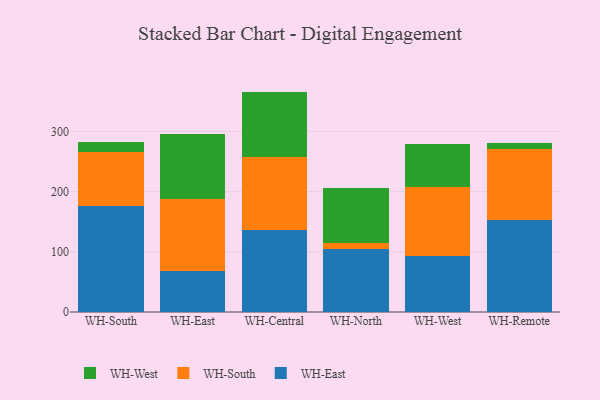
{"axis": {"x": "Warehouse", "y": "Gross Profit (USD K)"}, "legend": ["WH-East", "WH-South", "WH-West"], "data": [{"x": "WH-South", "y": 176.8, "type": "WH-East"}, {"x": "WH-South", "y": 89.2, "type": "WH-South"}, {"x": "WH-South", "y": 15.8, "type": "WH-West"}, {"x": "WH-East", "y": 68.5, "type": "WH-East"}, {"x": "WH-East", "y": 119.8, "type": "WH-South"}, {"x": "WH-East", "y": 108.1, "type": "WH-West"}, {"x": "WH-Central", "y": 136.7, "type": "WH-East"}, {"x": "WH-Central", "y": 120.2, "type": "WH-South"}, {"x": "WH-Central", "y": 109.1, "type": "WH-West"}, {"x": "WH-North", "y": 103.8, "type": "WH-East"}, {"x": "WH-North", "y": 10.1, "type": "WH-South"}, {"x": "WH-North", "y": 91.2, "type": "WH-West"}, {"x": "WH-West", "y": 93.2, "type": "WH-East"}, {"x": "WH-West", "y": 114.3, "type": "WH-South"}, {"x": "WH-West", "y": 71.2, "type": "WH-West"}, {"x": "WH-Remote", "y": 152.7, "type": "WH-East"}, {"x": "WH-Remote", "y": 117.9, "type": "WH-South"}, {"x": "WH-Remote", "y": 9.8, "type": "WH-West"}]}